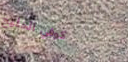
كوفي الخليج